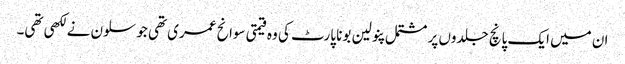
ان میں ایک پانچ جلدوں پر مشتمل پنولین بونا پارٹ کی وہ قیمتی سوانح عمری تھی جو سلون نے لکھی تھی۔